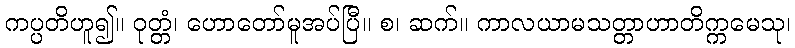
ကပ္ပတိဟူ၍။ ဝုတ္တံ၊ ဟောတော်မူအပ်ပြီ။ စ၊ ဆက်။ ကာလယာမသတ္တာဟာတိက္ကမေသု၊